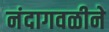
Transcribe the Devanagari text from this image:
नंदागवळीने